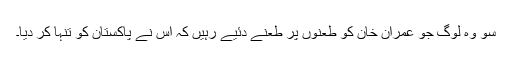
سو وہ لوگ جو عمران خان کو طعنوں پر طعنے دئیے رہیں کہ اس نے پاکستان کو تنہا کر دیا۔